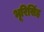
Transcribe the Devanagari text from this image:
भूरिसिंह